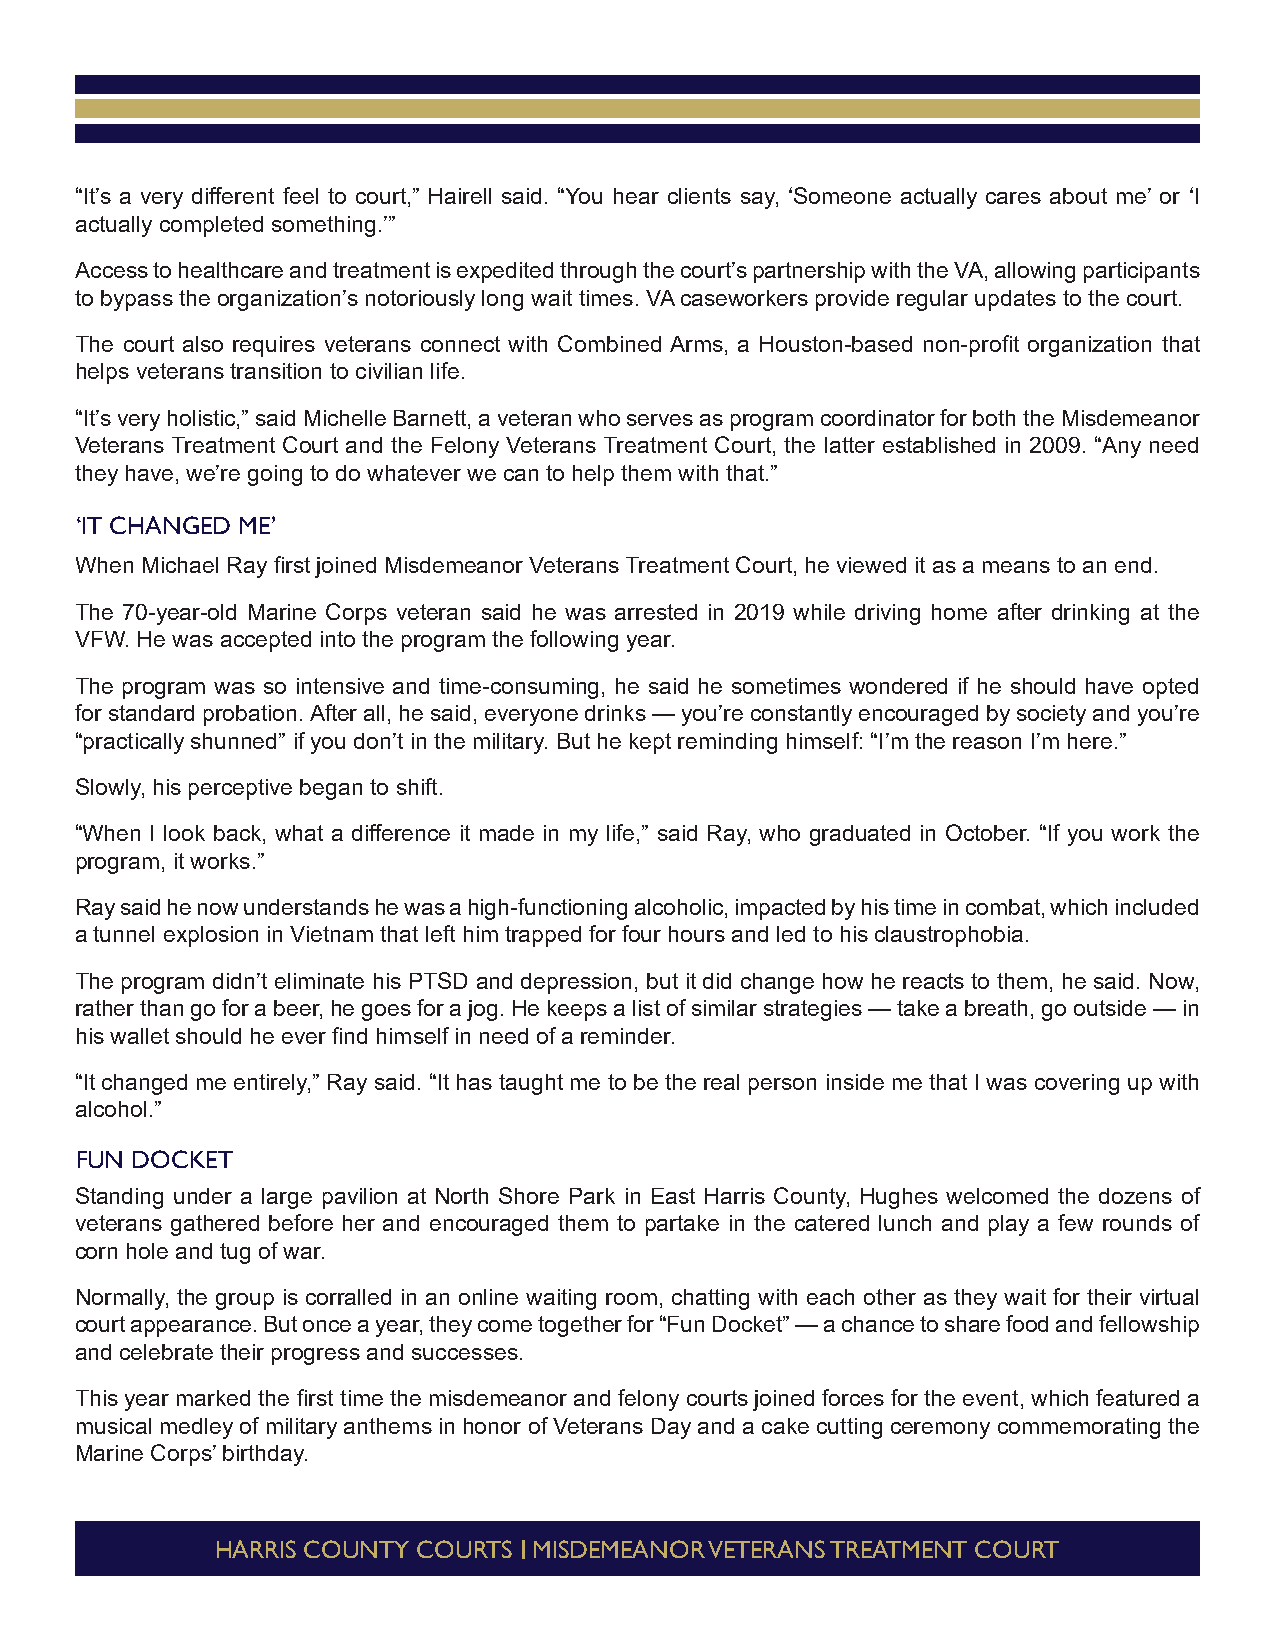
“It’s a very different feel to court,” Hairell said. “You hear clients say, ‘Someone actually cares about me’ or ‘I
 actually completed something.’”
 Access to healthcare and treatment is expedited through the court’s partnership with the VA, allowing participants
 to bypass the organization’s notoriously long wait times. VA caseworkers provide regular updates to the court.
 The court also requires veterans connect with Combined Arms, a Houston-based non-profit organization that
 helps veterans transition to civilian life.
 “It’s very holistic,” said Michelle Barnett, a veteran who serves as program coordinator for both the Misdemeanor
 Veterans Treatment Court and the Felony Veterans Treatment Court, the latter established in 2009. “Any need
 they have, we’re going to do whatever we can to help them with that.”
 ‘IT CHANGED ME’
 When Michael Ray first joined Misdemeanor Veterans Treatment Court, he viewed it as a means to an end.
 The 70-year-old Marine Corps veteran said he was arrested in 2019 while driving home after drinking at the
 VFW. He was accepted into the program the following year.
 The program was so intensive and time-consuming, he said he sometimes wondered if he should have opted
 for standard probation. After all, he said, everyone drinks — you’re constantly encouraged by society and you’re
 “practically shunned” if you don’t in the military. But he kept reminding himself: “I’m the reason I’m here.”
 Slowly, his perceptive began to shift.
 “When I look back, what a difference it made in my life,” said Ray, who graduated in October. “If you work the
 program, it works.”
 Ray said he now understands he was a high-functioning alcoholic, impacted by his time in combat, which included
 a tunnel explosion in Vietnam that left him trapped for four hours and led to his claustrophobia.
 The program didn’t eliminate his PTSD and depression, but it did change how he reacts to them, he said. Now,
 rather than go for a beer, he goes for a jog. He keeps a list of similar strategies — take a breath, go outside — in
 his wallet should he ever find himself in need of a reminder.
 “It changed me entirely,” Ray said. “It has taught me to be the real person inside me that I was covering up with
 alcohol.”
 FUN DOCKET
 Standing under a large pavilion at North Shore Park in East Harris County, Hughes welcomed the dozens of
 veterans gathered before her and encouraged them to partake in the catered lunch and play a few rounds of
 corn hole and tug of war.
 Normally, the group is corralled in an online waiting room, chatting with each other as they wait for their virtual
 court appearance. But once a year, they come together for “Fun Docket” — a chance to share food and fellowship
 and celebrate their progress and successes.
 This year marked the first time the misdemeanor and felony courts joined forces for the event, which featured a
 musical medley of military anthems in honor of Veterans Day and a cake cutting ceremony commemorating the
 Marine Corps’ birthday.
 HARRIS COUNTY COURTS MISDEMEANOR VETERANS TREATMENT COURT